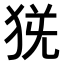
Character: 𤞄